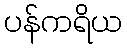
ပန်ကရိယ